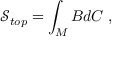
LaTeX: \mathcal { S } _ { t o p } = \int _ { M } B d C \; ,